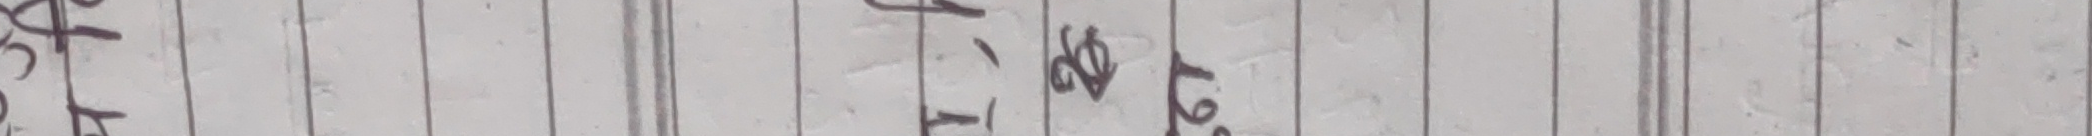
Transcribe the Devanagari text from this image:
ले १ के